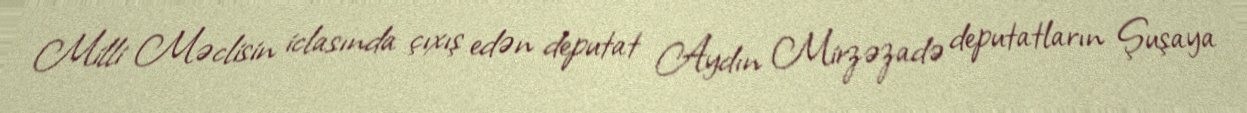
Milli Məclisin iclasında çıxış edən deputat Aydın Mirzəzadə deputatların Şuşaya